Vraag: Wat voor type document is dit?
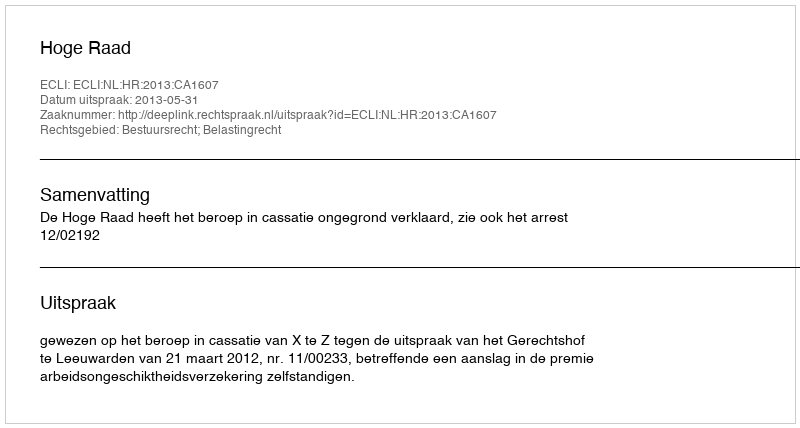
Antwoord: Uitspraak